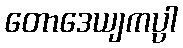
တောဒေယျကပ္ပါ